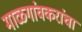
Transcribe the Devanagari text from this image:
माळगांवकरांचा